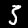
Label: 5